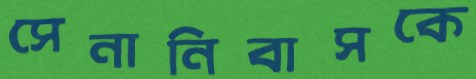
সেনানিবাসকে